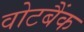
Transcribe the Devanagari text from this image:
वोटबैंक